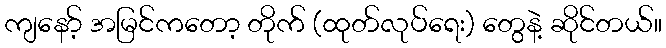
ကျနော့် အမြင်ကတော့ တိုက် (ထုတ်လုပ်ရေး) တွေနဲ့ ဆိုင်တယ်။